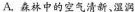
A. 森林中的空气清新、 湿润